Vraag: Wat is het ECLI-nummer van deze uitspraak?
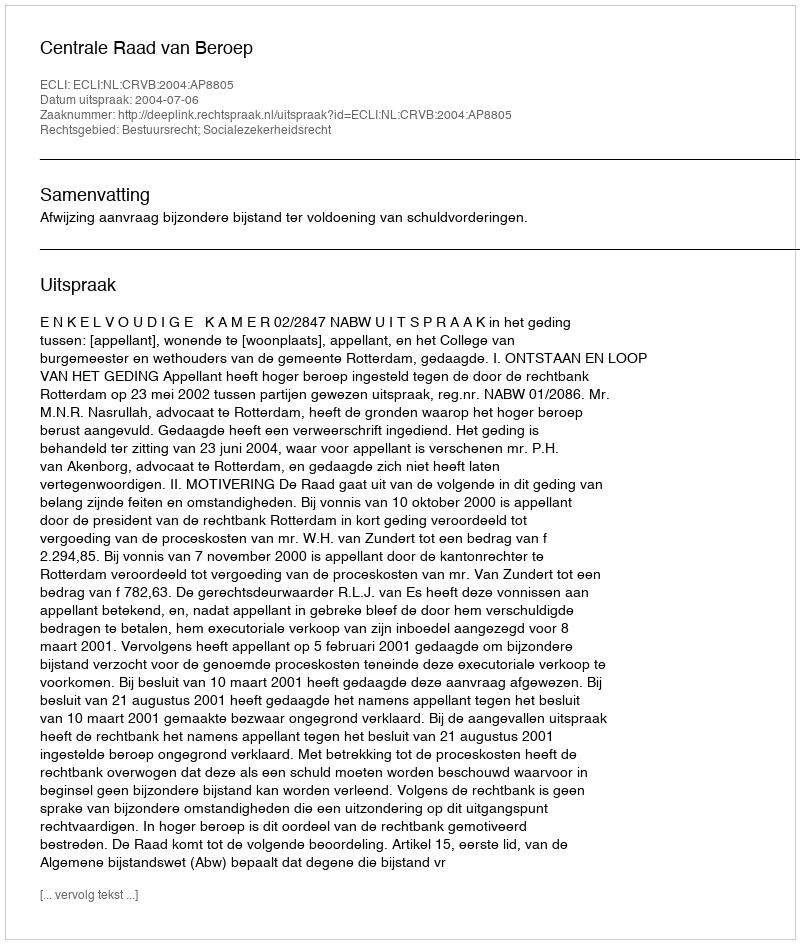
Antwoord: ECLI:NL:CRVB:2004:AP8805